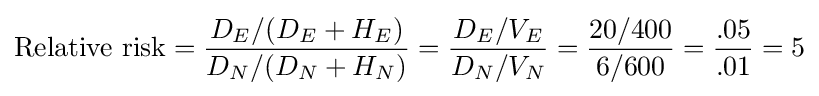
{\text{Relative risk}}={\frac {D_{E}/(D_{E}+H_{E})}{D_{N}/(D_{N}+H_{N})}}={\frac {D_{E}/V_{E}}{D_{N}/V_{N}}}={\frac {20/400}{6/600}}={\frac {.05}{.01}}=5